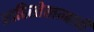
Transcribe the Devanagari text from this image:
शाहिस्तेखानाची